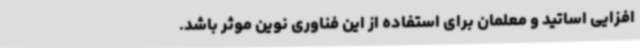
افزایی اساتید و معلمان برای استفاده از این فناوری نوین موثر باشد.